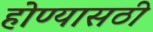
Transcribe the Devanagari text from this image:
होण्यासठी